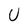
Character: U